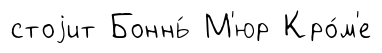
стоjит Боннь́ М'юр Кро́м'е